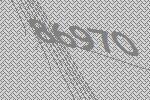
86970